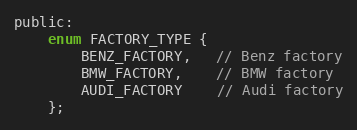
Language: C
public:
    enum FACTORY_TYPE {
        BENZ_FACTORY,   // Benz factory
        BMW_FACTORY,    // BMW factory
        AUDI_FACTORY    // Audi factory
    };